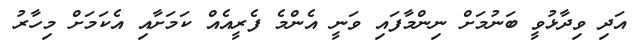
އަދި ވިދާޅުވީ ބަނުމަށް ނިންމާފައި ވަނީ އެންމެ ފެރީއެއް ކަމަށާއި އެކަމަށް މިހާރު